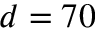
d = 7 0